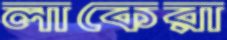
লাকেরা